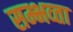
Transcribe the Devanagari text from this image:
सम्भव्ता